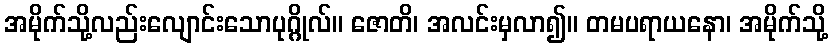
အမိုက်သို့လည်းလျောင်းသောပုဂ္ဂိုလ်။ ဇောတိ၊ အလင်းမှလာ၍။ တမပရာယနော၊ အမိုက်သို့